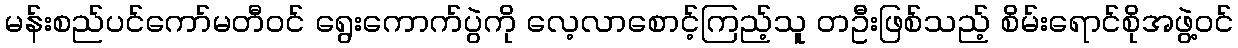
မန်းစည်ပင်ကော်မတီဝင် ရွေးကောက်ပွဲကို လေ့လာစောင့်ကြည့်သူ တဦးဖြစ်သည့် စိမ်းရောင်စိုအဖွဲ့ဝင်